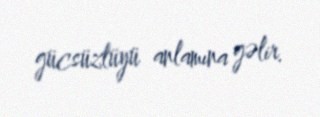
gücsüzlüyü anlamına gəlir.